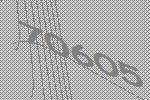
70605